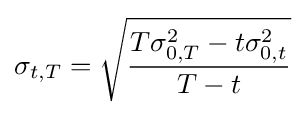
\sigma _{t,T}={\sqrt {\frac {T\sigma _{0,T}^{2}-t\sigma _{0,t}^{2}}{T-t}}}